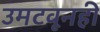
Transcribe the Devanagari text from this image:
उमटवूनही